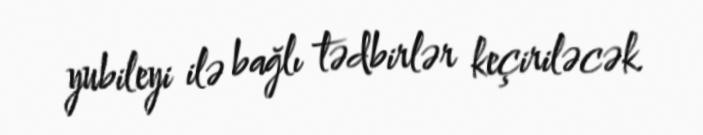
yubileyi ilə bağlı tədbirlər keçiriləcək.